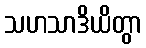
သဟသာဒိယိတွာ